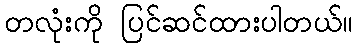
တလုံးကို ပြင်ဆင်ထားပါတယ်။